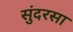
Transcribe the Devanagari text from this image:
सुंदरसा